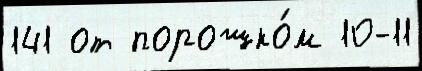
141 от порошко́м 10-11